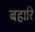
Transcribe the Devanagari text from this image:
बहारि